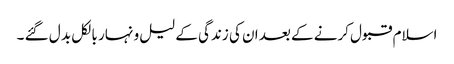
اسلام قبول کرنے کے بعد ان کی زندگی کے لیل و نہار بالکل بد ل گئے ۔